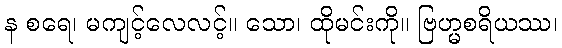
န စရေ၊ မကျင့်လေလင့်။ သော၊ ထိုမင်းကို။ ဗြဟ္မစရိယဿ၊